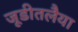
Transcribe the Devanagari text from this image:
जूडीतलैया